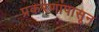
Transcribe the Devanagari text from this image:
प्रकरणांपासून